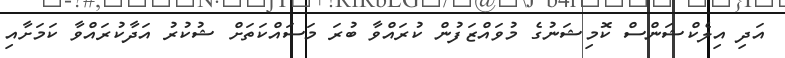
އަދި އިލެކްޝަންސް ކޮމިޝަނުގެ މުވައްޒަފުން ކުރައްވާ ބުރަ މަސައްކަތަށް ޝުކުރު އަދާކުރައްވާ ކަމަށާއި